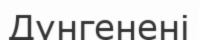
Дүнгенені